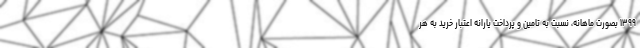
۱۳۹۹ بصورت ماهانه، نسبت به تامین و پرداخت یارانه اعتبار خرید به هر